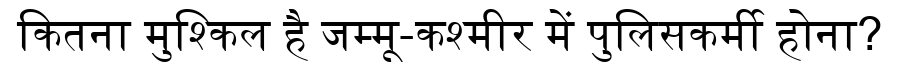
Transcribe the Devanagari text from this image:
कितना मुश्किल है जम्मू-कश्मीर में पुलिसकर्मी होना?